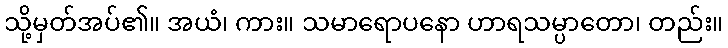
သို့မှတ်အပ်၏။ အယံ၊ ကား။ သမာရောပနော ဟာရသမ္ပာတော၊ တည်း။